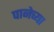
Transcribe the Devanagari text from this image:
पानेच्या